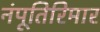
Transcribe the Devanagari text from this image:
नंपूतिरिमार